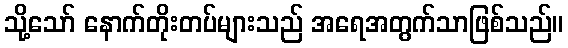
သို့သော် နောက်တိုးတပ်များသည် အရေအတွက်သာဖြစ်သည်။